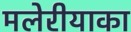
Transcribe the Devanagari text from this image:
मलेरीयाका